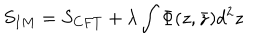
{ S _ { I M } = S _ { C F T } + \lambda \int \Phi ( z , \bar { z } ) d ^ { 2 } z }